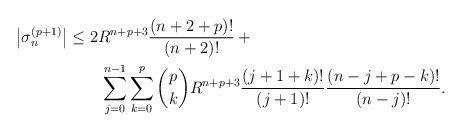
\begin{align*}\left| \sigma_n^{(p+1)}\right| & \le 2R^{n+p+3} \frac{(n+2+p)!}{(n+2)!}\: +\\& \quad\quad\sum_{j=0}^{n-1}\sum_{k=0}^p \binom{p}{k}R^{n+p+3} \frac{(j+1+k)!}{(j+1)!}\frac{(n-j+p-k)!}{(n-j)!} .\end{align*}